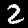
Digit: 2